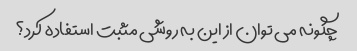
چگونه می توان از این به روشی مثبت استفاده کرد؟